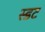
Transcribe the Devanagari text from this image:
स्डट